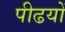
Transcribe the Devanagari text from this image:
पीढयों